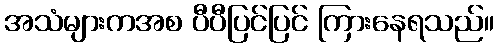
အသံများကအစ ပီပီပြင်ပြင် ကြားနေရသည်။